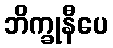
ဘိက္ခုနီပေ